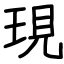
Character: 現